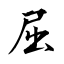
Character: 屈